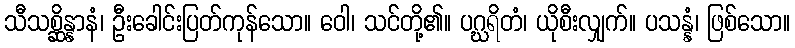
သီသစ္ဆိန္နာနံ၊ ဦးခေါင်းပြတ်ကုန်သော။ ဝေါ၊ သင်တို့၏။ ပဂ္ဃရိတံ၊ ယိုစီးလျှက်။ ပသန္နံ၊ ဖြစ်သော။